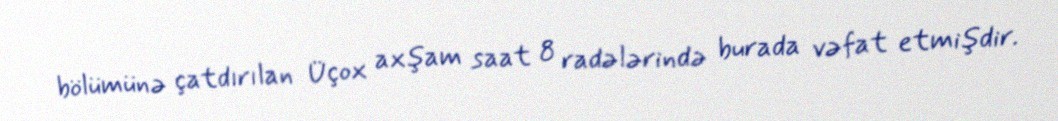
bölümünə çatdırılan Üçox axşam saat 8 radələrində burada vəfat etmişdir.